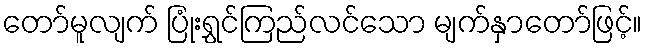
တော်မူလျက် ပြုံးရွှင်ကြည်လင်သော မျက်နှာတော်ဖြင့်။